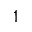
1